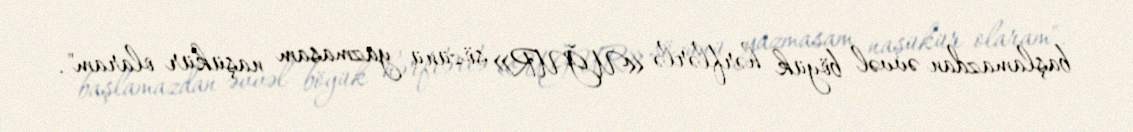
başlamazdan əvvəl böyük hərflərlə «UĞUR» sözünü yazmasam naşükür olaram".